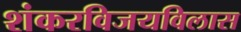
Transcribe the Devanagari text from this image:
शंकरविजयविलास